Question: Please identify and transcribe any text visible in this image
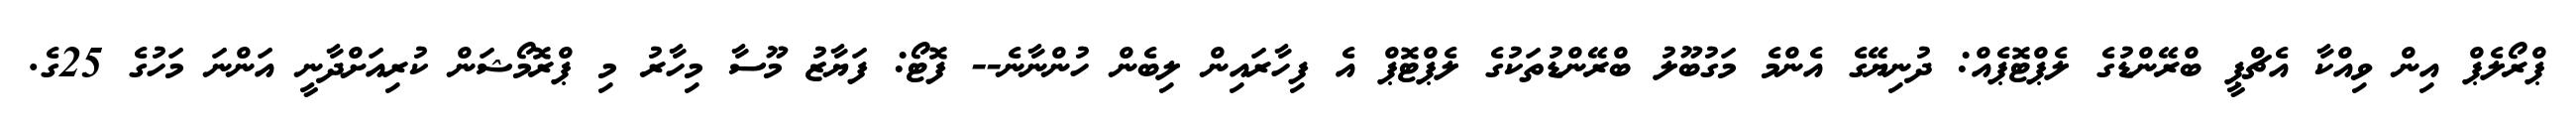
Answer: ޕްރޯލެޕް އިން ވިއްކާ އެޗްޕީ ބްރޭންޑުގެ ލެޕްޓޮޕެއް: ދުނިޔޭގެ އެންމެ މަގުބޫލު ބްރޭންޑުތަކުގެ ލެޕްޓޮޕް އެ ފިހާރައިން ލިބެން ހުންނާނެ-- ފޮޓޯ: ފަޔާޒު މޫސާ މިހާރު މި ޕްރޮމޯޝަން ކުރިއަށްދާނީ އަންނަ މަހުގެ 25ގެ.